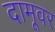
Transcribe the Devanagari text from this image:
दामूवर